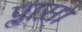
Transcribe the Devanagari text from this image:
प्लास़ा